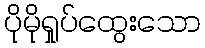
ပိုမိုရှုပ်ထွေးသော